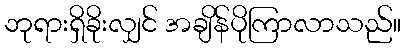
ဘုရားရှိခိုးလျှင် အချိန်ပိုကြာလာသည်။